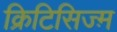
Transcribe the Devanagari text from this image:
क्रिटिसिज्म़